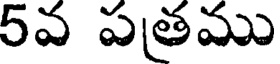
5వ పతము